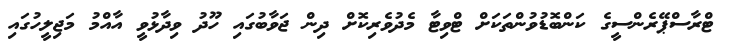
ޓްރާސްޕޭރެންސީގެ ކަންބޮޑުވުންތަކަށް ޓްވިޓާ މެދުވެރިކޮށް ދިން ޖަވާބުގައި ހޫދު ވިދާޅުވީ އާއްމު މަޖިލީހުގައި